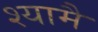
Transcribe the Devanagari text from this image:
श्यामै